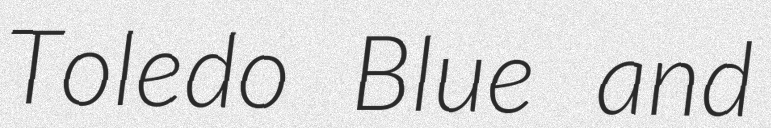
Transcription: Toledo Blue and